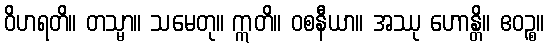
ဝိဟရတိ။ တသ္မာ။ သမေတု။ ဣတိ။ ဝစနီယာ။ အဿု ဟောန္တိ။ ဧဝဉ္စ။